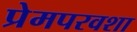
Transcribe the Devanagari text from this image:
प्रेमपरवशा